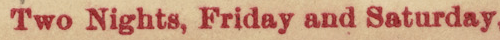
Two Nights, Friday and Saturday.